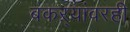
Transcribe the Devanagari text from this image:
बकऱ्यांवरही